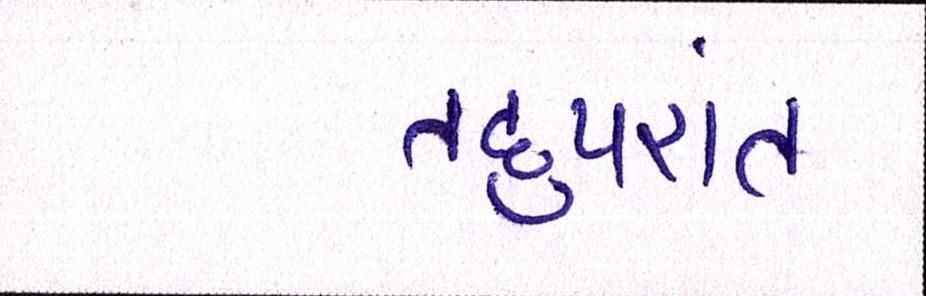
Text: તદુપરાંત